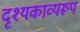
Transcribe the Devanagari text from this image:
दृश्यकाव्यरूप